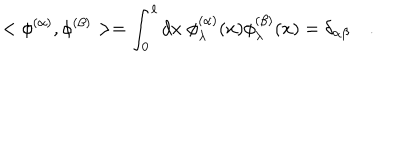
< \phi ^ { ( \alpha ) } , \phi ^ { ( \beta ) } > = \int _ { 0 } ^ { \ell } d x \; \phi _ { \lambda } ^ { ( \alpha ) } ( x ) \phi _ { \lambda } ^ { ( \beta ) } ( x ) = \delta _ { \alpha \beta } \quad .